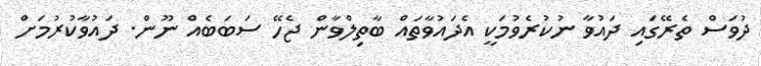
ދުވަސް ތެރޭގައި ދައުވާ ނުކުރެވުމަކީ އެދައުވާތައް ބާތިލްވާން ޖެހޭ ސަބަބެއް ނޫން. ދައުވާކުރުމަށް